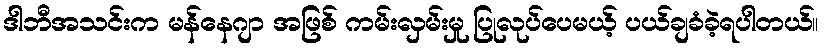
ဒါဘီအသင်းက မန်နေဂျာ အဖြစ် ကမ်းလှမ်းမှု ပြုလုပ်ပေမယ့် ပယ်ချခံခဲ့ရပါတယ်။